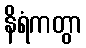
နိရံကတွာ